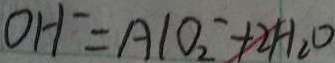
O H ^ { - } = A l O _ { 2 } ^ { - } + 2 H _ { 2 } O